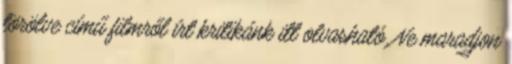
törölve című filmről írt kritikánk itt olvasható. Ne maradjon